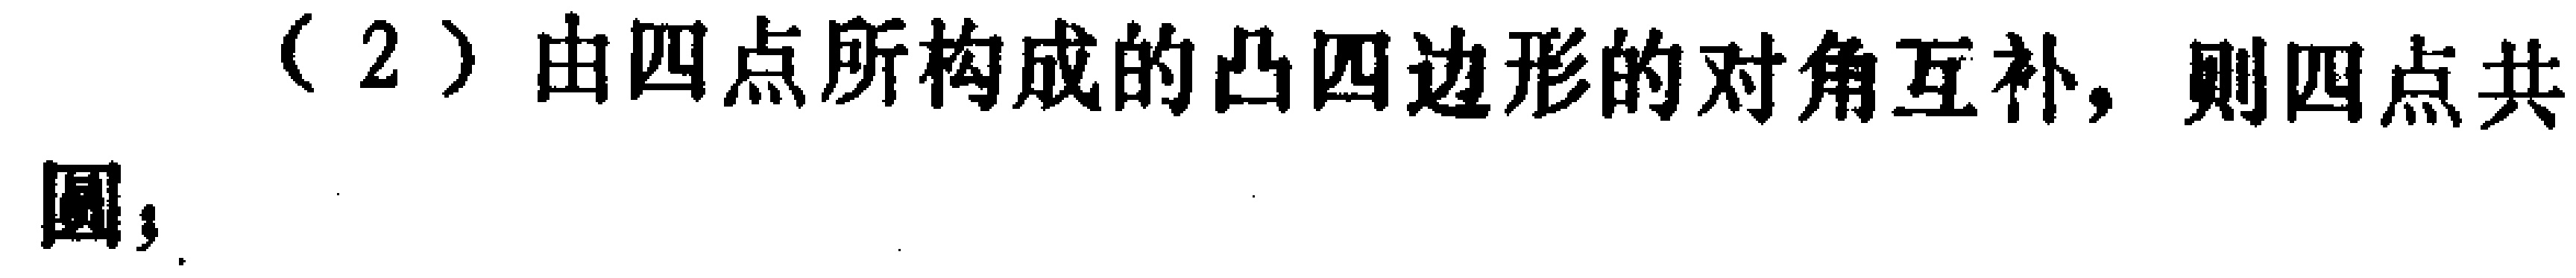
（2）由四点所构成的凸四边形的对角互补，则四点共圆；